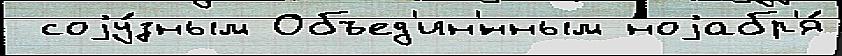
 соjу́зным Объед'ин'́нным ноjабр'я́